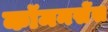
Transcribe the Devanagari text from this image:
कॉमनसेंस